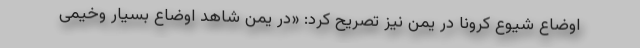
اوضاع شیوع کرونا در یمن نیز تصریح کرد: «در یمن شاهد اوضاع بسیار وخیمی